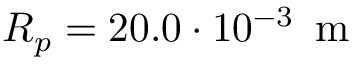
R _ { p } = 2 0 . 0 \cdot 1 0 ^ { - 3 } \, \mathrm { ~ m ~ }